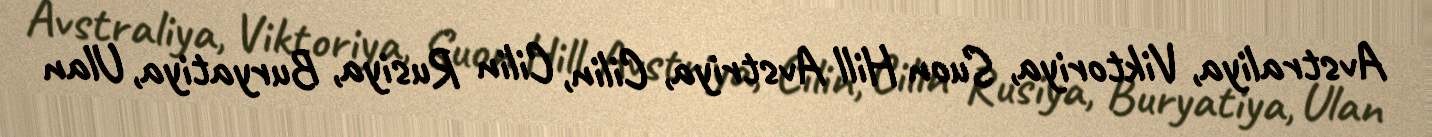
Avstraliya, Viktoriya, Suon Hill Avstriya, Cilin, Cilin Rusiya, Buryatiya, Ulan